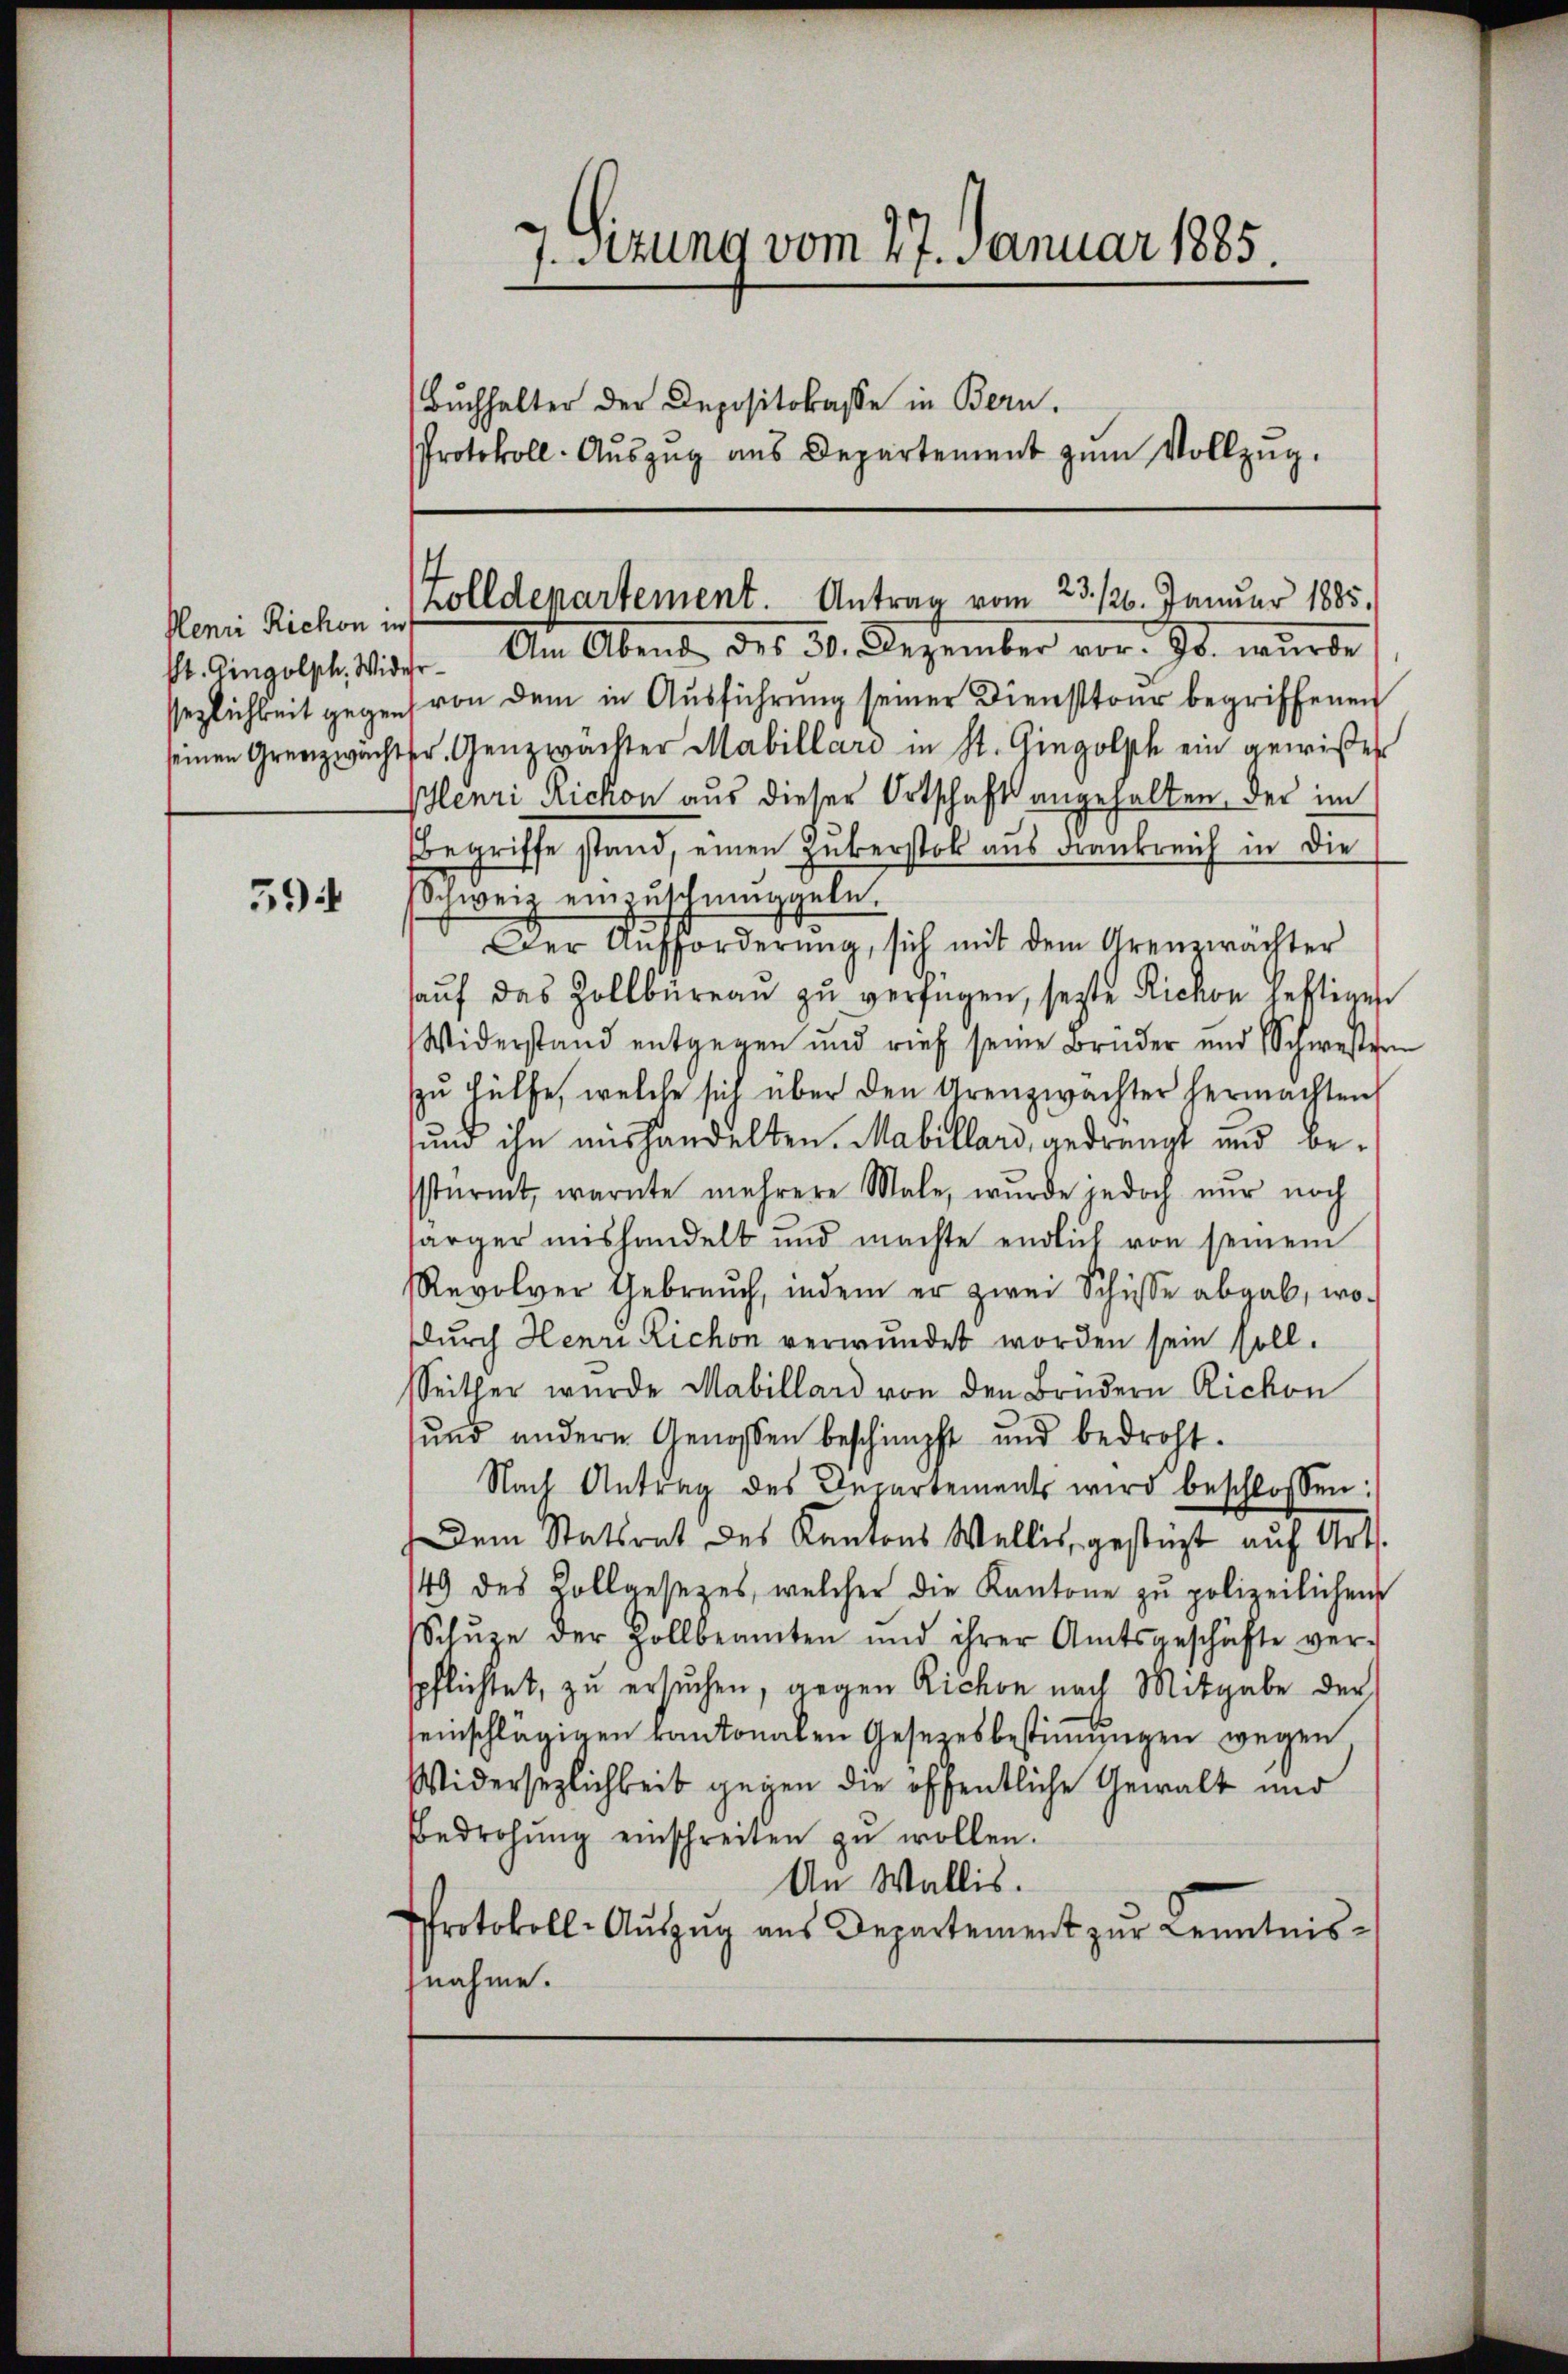
Henri Richon in
St. Gingolph Wider

394

7. Sitzung vom 27. Januar 1885.
Buchhalter der Depositokasse in Bern.
Protokoll- Aŭszŭg ans Departement zŭm Vollzŭg.

Am Abend des 30. Dezember vor. Js. wurde
sezlichkeit gegens von dem in Ausführung seiner Diensttour begriffenen
seinen Grenzwachter, Genzwachter Mabillard in St. Gingolph ein gewißer
Plenri Richon aus dieser Ortschaft angehalten, der im
Begriffe stand, einen Zuberstok aus Frankreich in die
schweig einzuschringgeln.
Der Aufforderŭng, sich mit dem Grenzwachter
aŭf das Zollbüreaŭ zŭ verfügen, sezte Richon heftigen
Widerstand entgegen und rief seine Bruder und Schwester
zŭ hülfe, welche sich über den Arenzwachter hermachten
sund ihn aushandelten. Mabillard, gedrängt und bestürmt, warnte mehrere Male, wurde jedoch nur noch
särger mishandelt und machte endlich von seinem
Revolver Gebrauch, indem er zwei Schüsse abgab, wo-
durch Henri Richon verwundet worden sein soll.
Seither wurde Mabillard von den Brüdern Richon
ŭnd andern Genossen beschimpft und bedroht.
Nach Antrag des Departements wird beschlossen:
Dem Statsrat des Kantons Wallis, gestüzt auf Art.
149 des Zollgesezes, welcher die Kantone zŭ polizeilichen
Schŭze der Zollbeamten und ihrer Amtsgeschäfte ver-
spflichtet, zu ersuchen, gegen Richon nach Mitgabe der
seinschlägigen kantonalen Gesetzesbestimmungen wegen
Widersezlichkeit gegen die öffentliche Gewalt und
Bedrohŭng einschreiten zŭ wollen.
An Wallis.
Protokoll-Auszug aus Departement zur Kenntnisnahme.

Zolldepartement. Antrag vom 23. 126. Januar 1885.